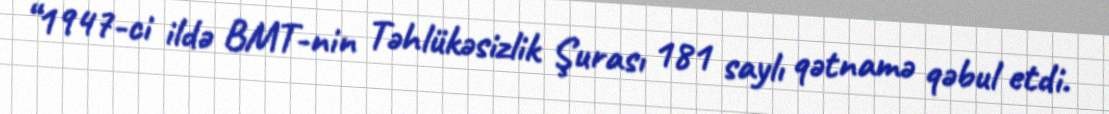
“1947-ci ildə BMT-nin Təhlükəsizlik Şurası 181 saylı qətnamə qəbul etdi.